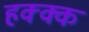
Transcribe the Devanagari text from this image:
हक्क्क